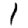
Digit: 1